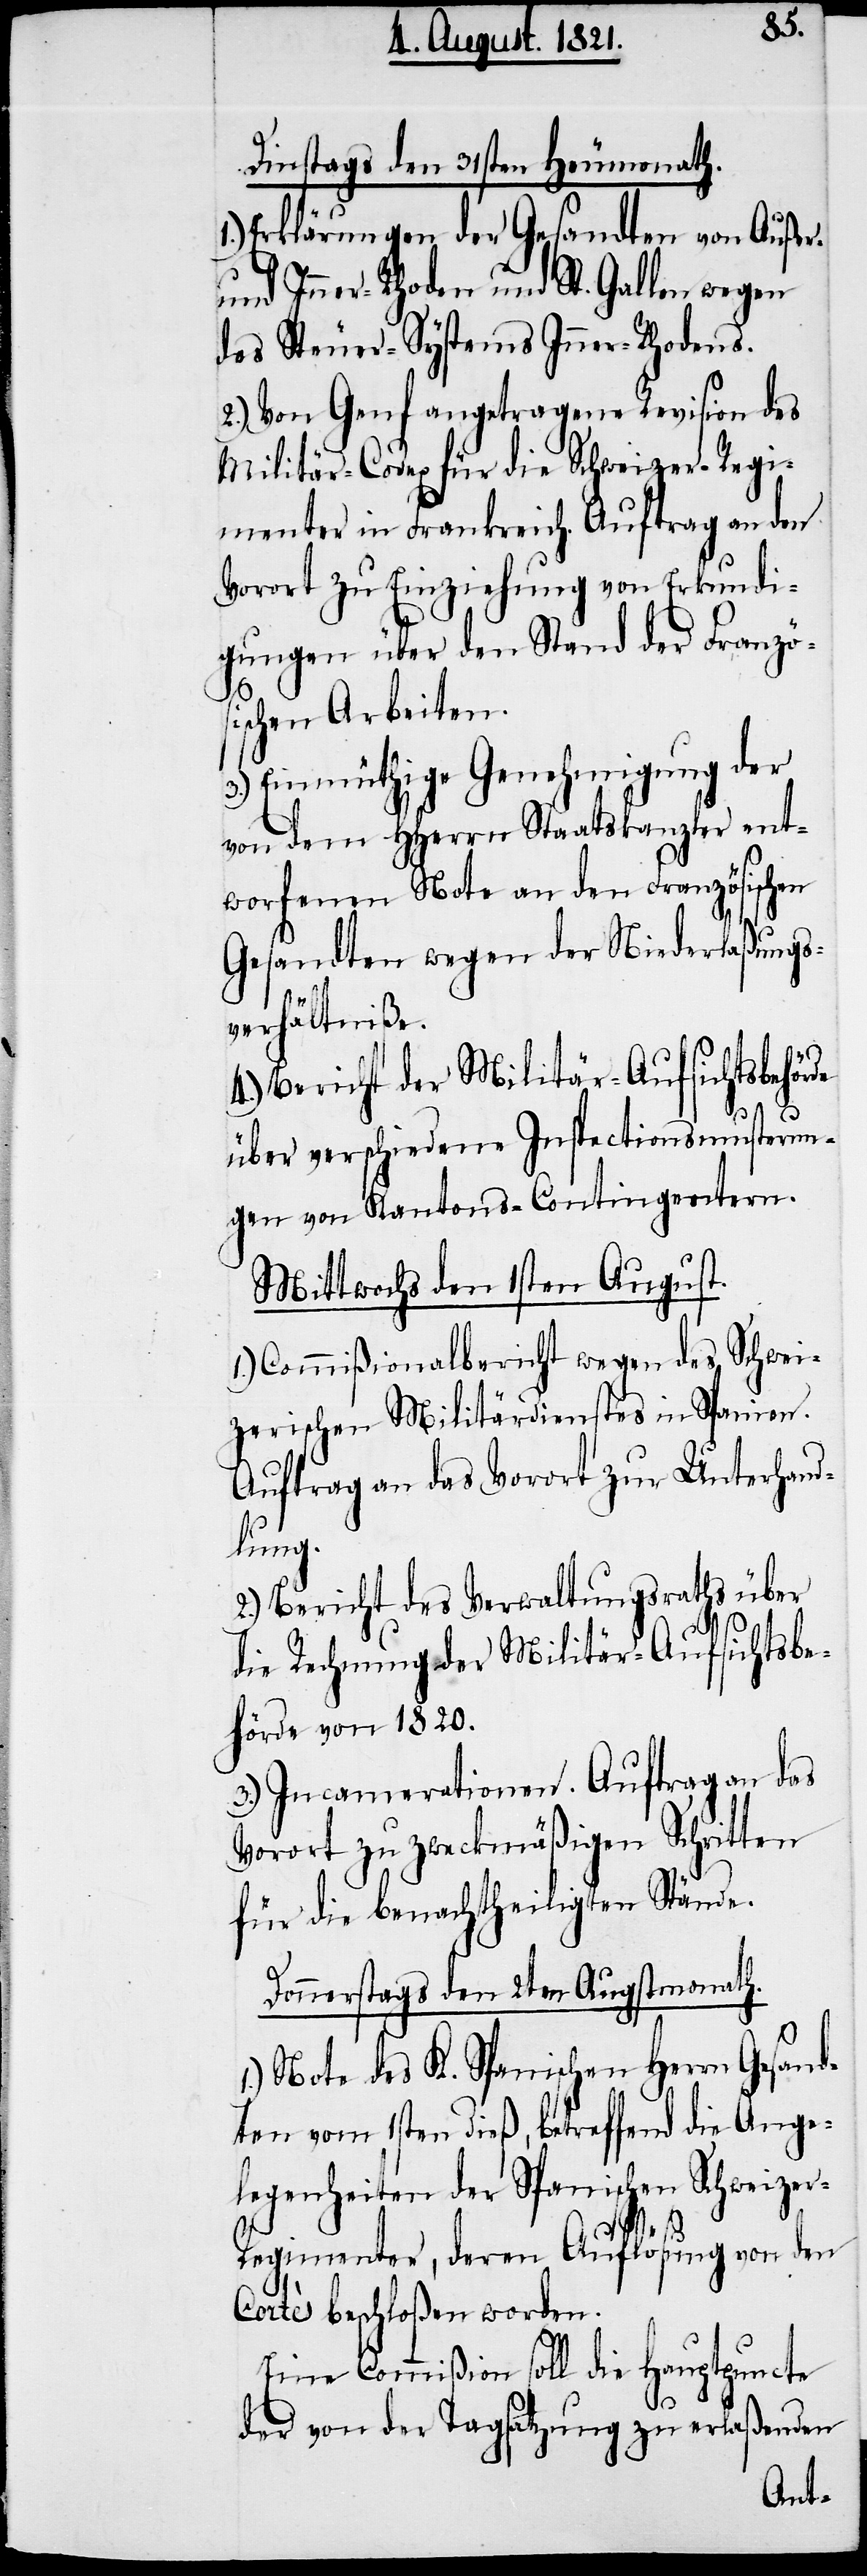
Dinstags den 31sten Heumonath.
1.) Erklärung der Gesandten von Außer-
und Inner-Rhoden und St. Gallen wegen
des Steuer-Systems Inner-Rhodens.
2.) Von Genf angetragene Revision des
Militär-Codex für die Schweizer-Regi¬
menter in Frankreich. Auftrag an den
Vorort zu Einziehung von Erkundi¬
gungen über den Stand der Französ¬
ischen Arbeiten.
3.) Einmüthige Genehmigung der
von dem HHerrn Staatskanzler ent¬
worfenen Note an den Französischen
Gesandten wegen der Niederlaßungs¬
verhältniße.
4.) Bericht der Militär-Aufsichtsbehörde
über verschiedene Inspectionsmusterun¬
gen von Kantons-Contingentern.
Mittwochs den 1sten August.
1.) Commißionalbericht wegen des Schwei¬
zerischen Militärdienstes in Spanien.
Auftrag an das Vorort zur Unterhand¬
lung.
2.) Bericht des Verwaltungsraths über
die Rechnung der Militär-Aufsichtsbe¬
hörde von 1820.
3.) Incamerationen. Auftrag an das
Vorort zu zweckmäßigen Schritten
für die benachtheiligten Stände.
Donnerstags den 2ten Augustmonath.
1.) Note des K. Spanischen Herrn Gesand¬
ten vom 1sten dieß, betreffend die Ange¬
legenheiten der Spanischen Schweize¬
r-Regimenter, deren Auflösung von den
Cortès beschloßen worden.
Eine Commißion soll die Hauptpuncte
der von der Tagsatzung zu erlaßenden